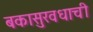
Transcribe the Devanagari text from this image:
बकासुरवधाची